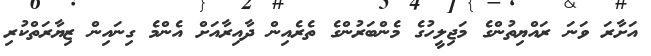
އަށާރަ ވަނަ ރައްޔިތުންގެ މަޖިލީހުގެ މެންބަރުންގެ ތެރެއިން ދާއިރާއަށް އެންމެ ގިނައިން ޒިޔާރަތްކުރި